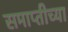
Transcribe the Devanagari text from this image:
समाप्‍तीच्या